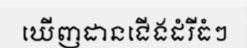
ឃើញដានជើងដំរីធំៗ